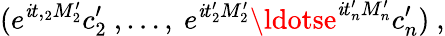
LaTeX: (e^{\mathit{i}t,_{2}M_{2}^{\prime}}c_{2}^{\prime}\ ,\ldots,\ e^{\mathit{i}t_{2}^{\prime}M_{2}^{\prime}}\ldotse^{\mathit{i}t_{n}^{\prime}M_{n}^{\prime}}c_{n}^{\prime})\ ,